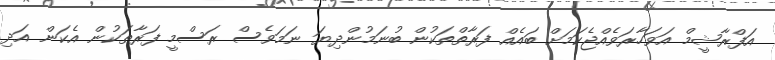
އަފްރާޝީމް އަވަހާރަވެއްޖެކަމަށް ބައެއް ފަރާތްތަކުން ބުނަމުންދިޔަ ނަމަވެސް ރަސްމީ ފަރާތަކުން އެކަން އަދި